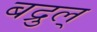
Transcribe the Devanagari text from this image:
बद्रुल्